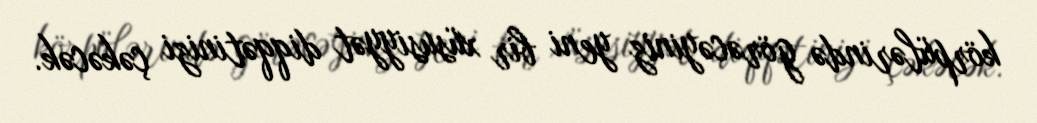
körpülərində görəcəyiniz yeni bir xüsusiyyət diqqətinizi çəkəcək.